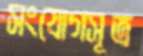
সংযোগসূত্র